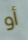
أو